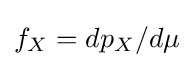
f_{X}=dp_{X}/d\mu